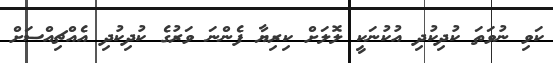
ކަވި ނުވަތަ ކުދިކުދި އުކުނަކީ ލޮލަށް ކިރިޔާ ފެންނަ ވަރުގެ ކުދިކުދި އެއްޗިއްސަށް